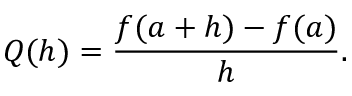
Q ( h ) = { \frac { f ( a + h ) - f ( a ) } { h } } .